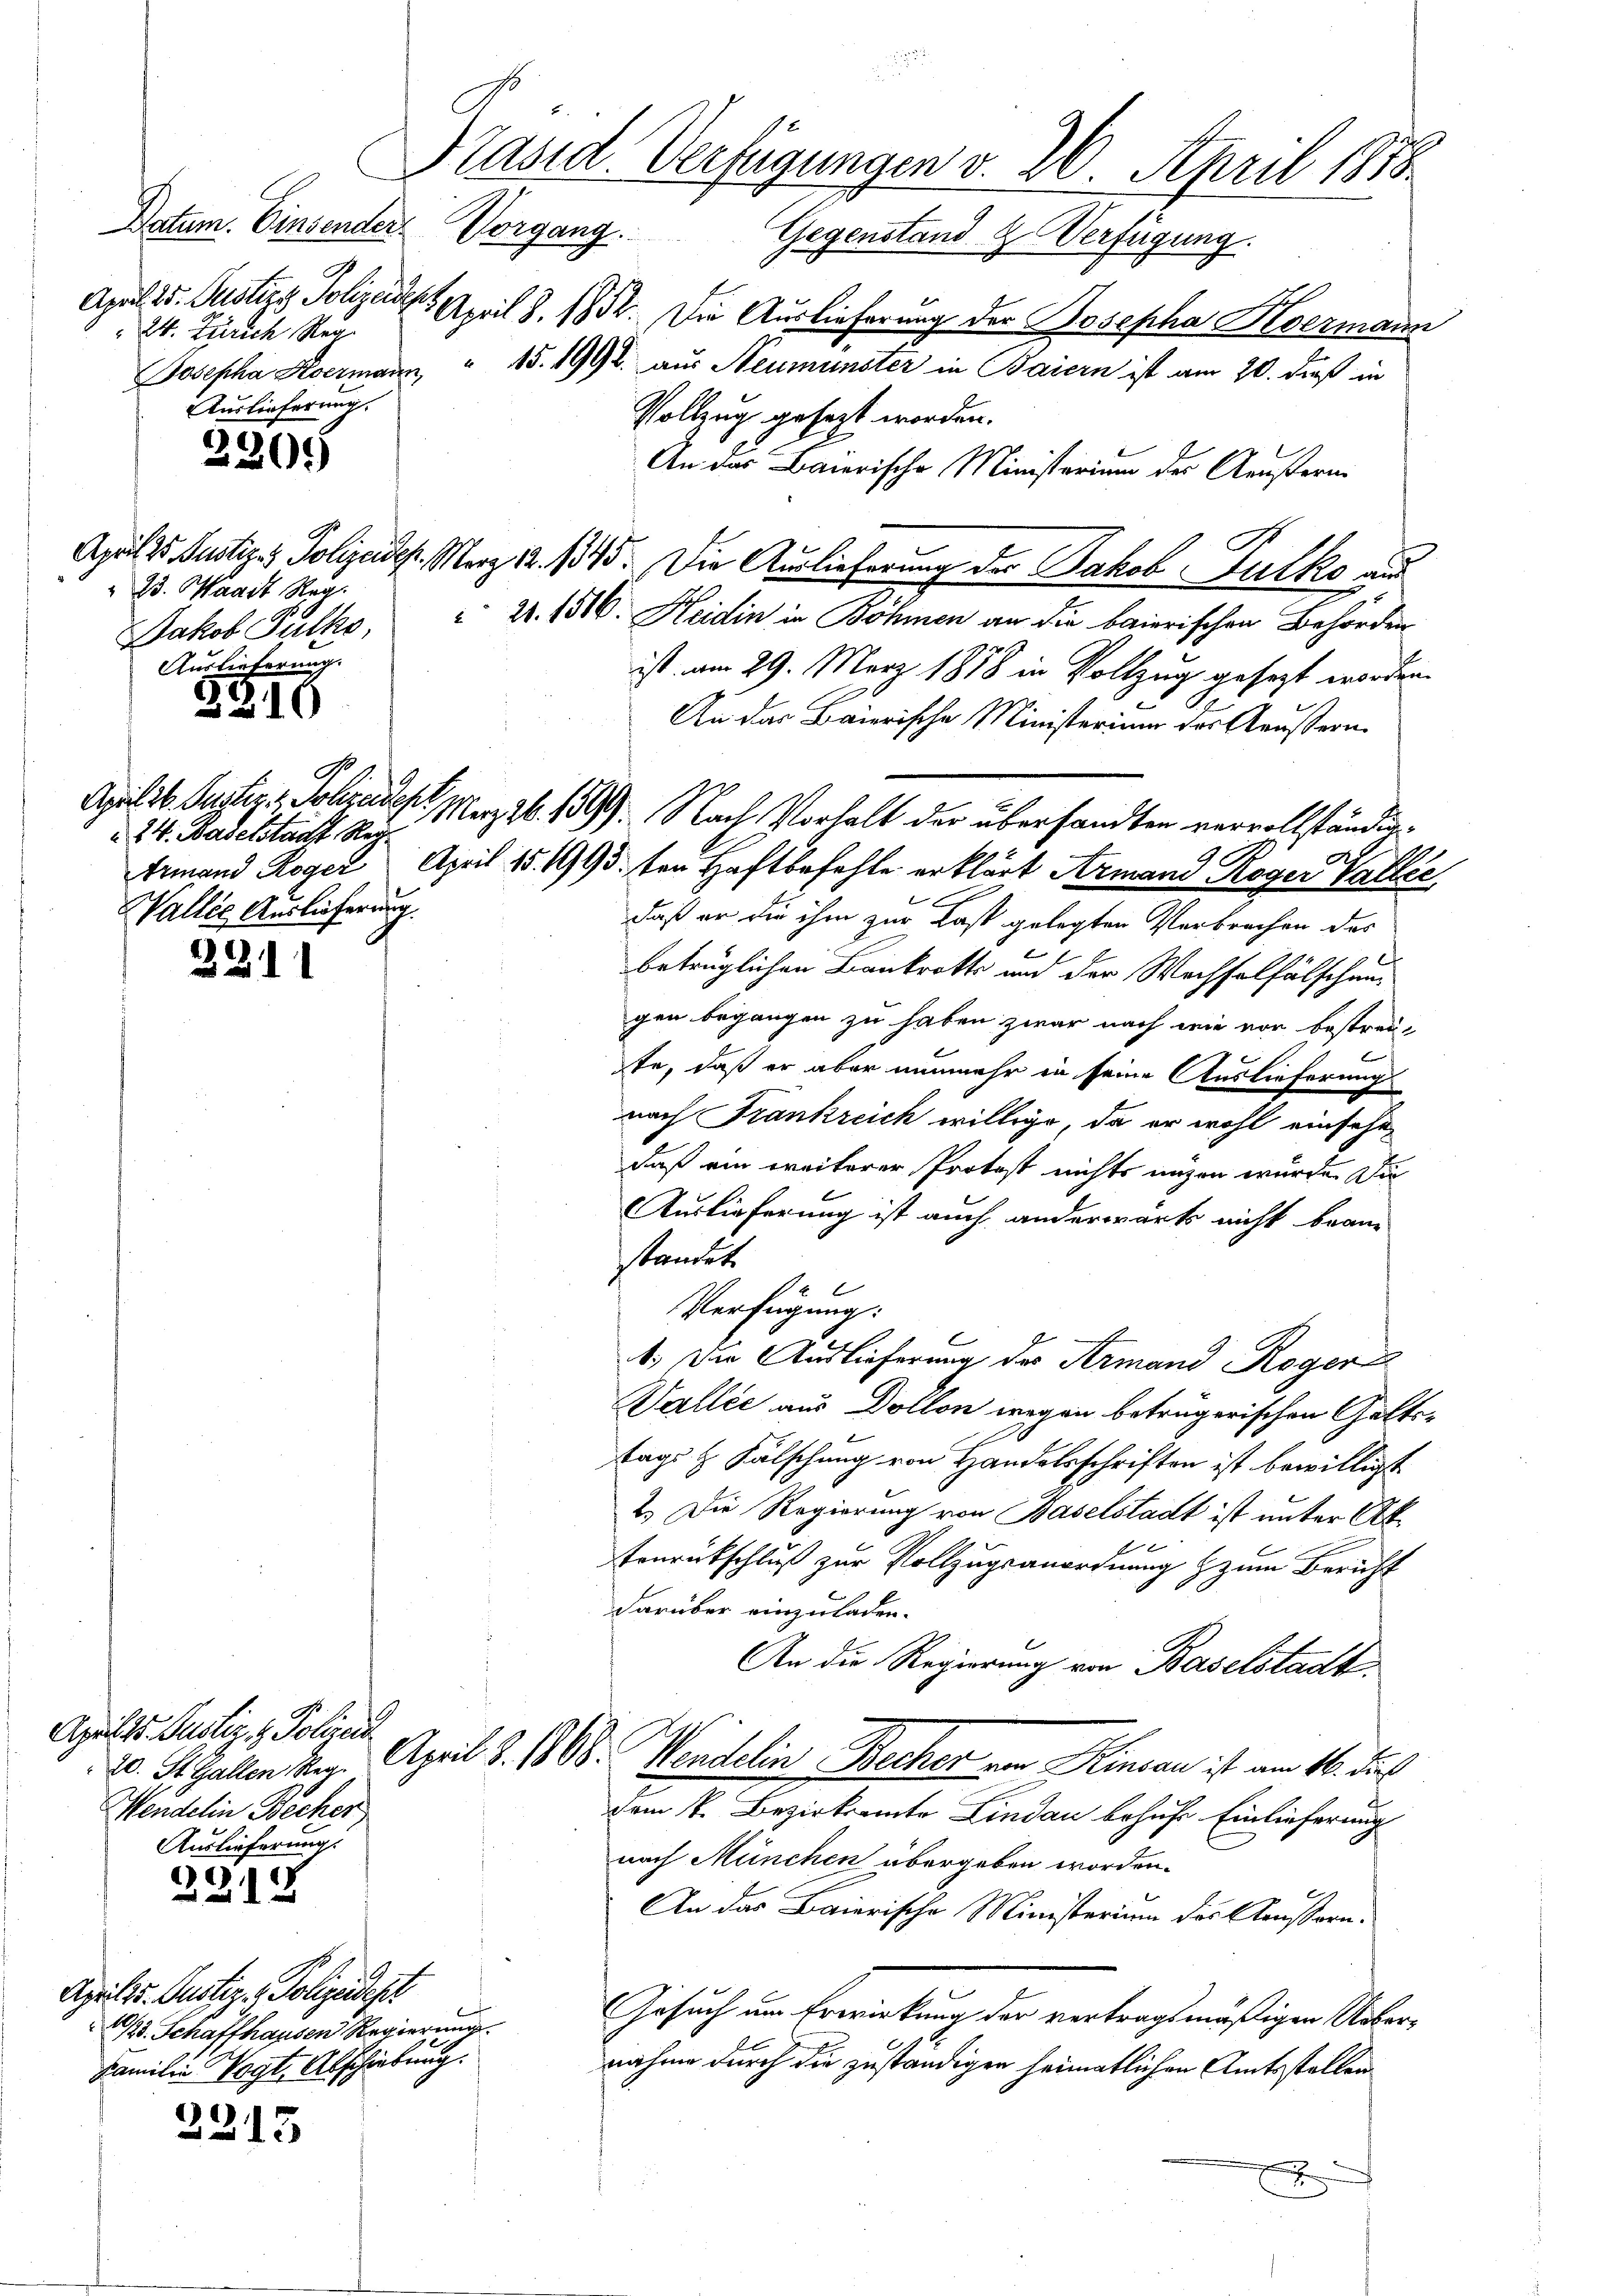
Datum. Einsender.
April 25. Justizs Polizeides.
24. Zürich Reg.
Auslieferung.

23. Waadt Reg.
Jakob Fulks,
Auslieferung.

24. Baselstadt Reg.
Wallis Auslieferung.

Aprilts-Justiz & Polizeid
Wendelin Becker
Auslieferung.

2205

3310

3311

2212

2315

Präsid. Verfügungen v. 26. April 1878.
Vorgang. Gegenstand Z. Verfügung.

Aprilis. Justiz- & Polizeides
/20. Schaffhausen Regierung
Familie Vogte Abschiebung.

April 8. 1832. Die Auslieferung der Josepha Avermann
Josepha Kermann, " 15. 1991. aus Neumünster in Baiern ist am 20. dieß in
Vollzug gesezt worden.
An das Baierische Ministerium des Aeußern.
Apule Bestiges Polizeide. Merz 18. 135. Die Auslieferung der Jakob Fulke au
 21. 1816. Heidin in Böhmen an die baierischen Behörden
ist am 29. März 1858 in Vollzug gesezt worden.
An das Baierische Ministerium des Aeußern.
April 26. Justiz & Polizeiden März 26. 1899. Nach Vorhalt der übersandten vervollständig¬
9
Ermand Roger. April 15. 1993. ten Haftbefehle erklärt Armann Roger Vallée
daß er die ihm zur Last gelegten Verbrechen des
betrüglichen Bankrotts und der Wechselfälschengen begangen zu haben zwar nach wie vor bestreite, daß er aber nunmehr in seine Auslieferung
nach Frankreich willige, da er wohl einsehe
daß ein weiterer Protest nichts ungen wurde. Die
Auslieferung ist auch anderwärts nicht bean
standet.
Verfügung:
4.) Die Auslieferung des Armand Roger
Wallée aus Dollon wegen betrügerischen Geltstags Z. Fälschung von Handelsschriften ist bewilligt.
2.) Die Regierung von Baselstadt ist unter Akx
Teurütschluß zur Vollzugsanordnung zum Bericht
darüber einzuladen.
An die Regierung von Baselstadt.
70. St. Gallen Reg. April d. 1808. Wendelin Becher von Kinian ist am 16. dies
dem k. Bezirksamte Lindau behufe Einlieferung
nach München übergeben worden.
An das Baierische Ministerium des Aeußern.
Gesuch um Erwirkung der vertragsmäßigen Ueber¬
B
nahme durch die zuständigen heimatlichen Amtsstellen
x